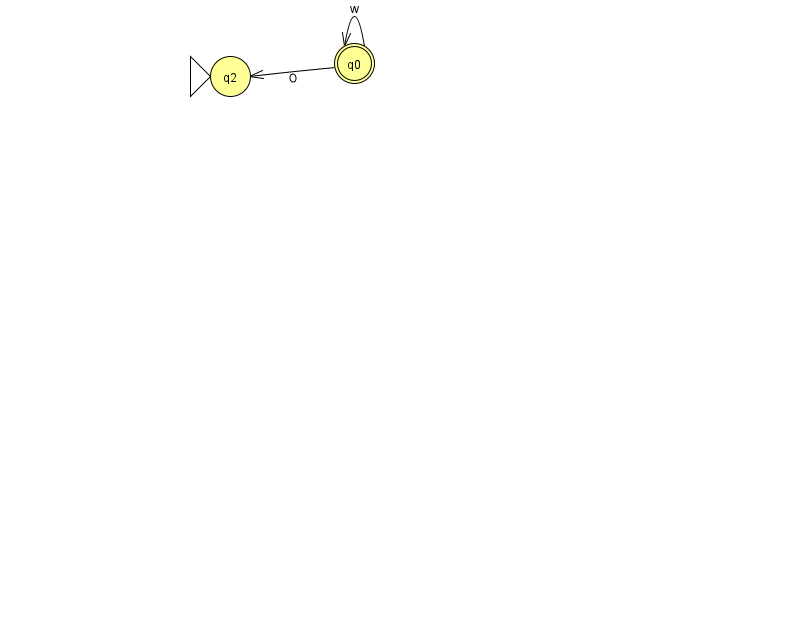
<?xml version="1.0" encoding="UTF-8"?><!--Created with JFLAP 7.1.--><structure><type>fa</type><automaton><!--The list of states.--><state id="0" name="q0"><x>354.0</x><y>50.0</y><final/></state><state id="2" name="q2"><x>230.0</x><y>63.0</y><initial/></state><!--The list of transitions.--><transition><from>0</from><to>0</to><read>w</read></transition><transition><from>0</from><to>2</to><read>O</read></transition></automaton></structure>